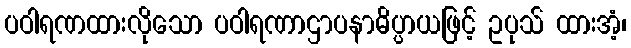
ပဝါရဏထားလိုသော ပဝါရဏာဌာပနာဓိပ္ပာယဖြင့် ဥပုသ် ထားအံ့၊